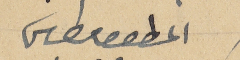
المطران ىطرس